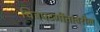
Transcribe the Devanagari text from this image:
चित्रपटगीतांवरील